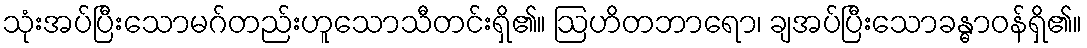
သုံးအပ်ပြီးသောမဂ်တည်းဟူသောသီတင်းရှိ၏။ ဩဟိတဘာရော၊ ချအပ်ပြီးသောခန္ဓာဝန်ရှိ၏။